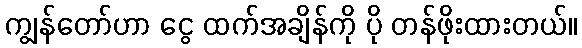
ကျွန်တော်ဟာ ငွေ ထက်အချိန်ကို ပို တန်ဖိုးထားတယ်။